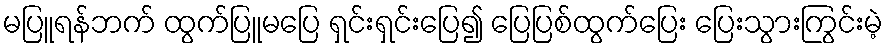
မပြူရန်ဘက် ထွက်ပြူမပြေ ရှင်းရှင်းပြေ၍ ပြေပြစ်ထွက်ပြေး ပြေးသွားကြွင်းမဲ့